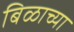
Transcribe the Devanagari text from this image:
बिळाच्या